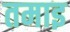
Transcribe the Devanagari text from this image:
तमाइ